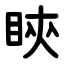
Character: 鿃